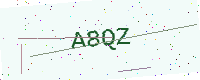
Text: A8QZ